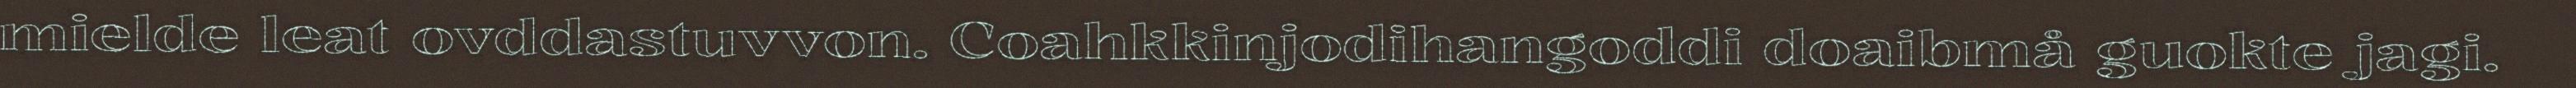
mielde leat ovddastuvvon. Coahkkinjodihangoddi doaibmå guokte jagi.